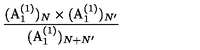
\frac { ( \mathrm { A } _ { 1 } ^ { ( 1 ) } ) _ { N } \times ( \mathrm { A } _ { 1 } ^ { ( 1 ) } ) _ { N ^ { \prime } } } { ( \mathrm { A } _ { 1 } ^ { ( 1 ) } ) _ { N + N ^ { \prime } } }